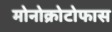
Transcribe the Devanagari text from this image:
मोनोक्रोटोफास